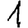
Digit: 1